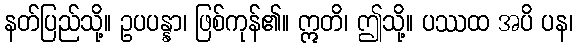
နတ်ပြည်သို့။ ဥပပန္နာ၊ ဖြစ်ကုန်၏။ ဣတိ၊ ဤသို့။ ပဿထ အပိ ပန၊